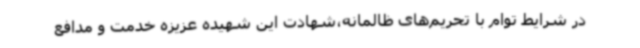
در شرایط توام با تحریم‌های ظالمانه،شهادت این شهیده عزیزه خدمت و مدافع